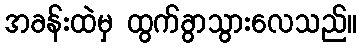
အခန်းထဲမှ ထွက်ခွာသွားလေသည်။